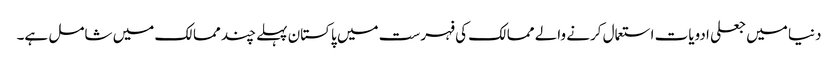
دنیا میں جعلی ادویات استعمال کرنے والے ممالک کی فہرست میں پاکستان پہلے چند ممالک میں شامل ہے۔